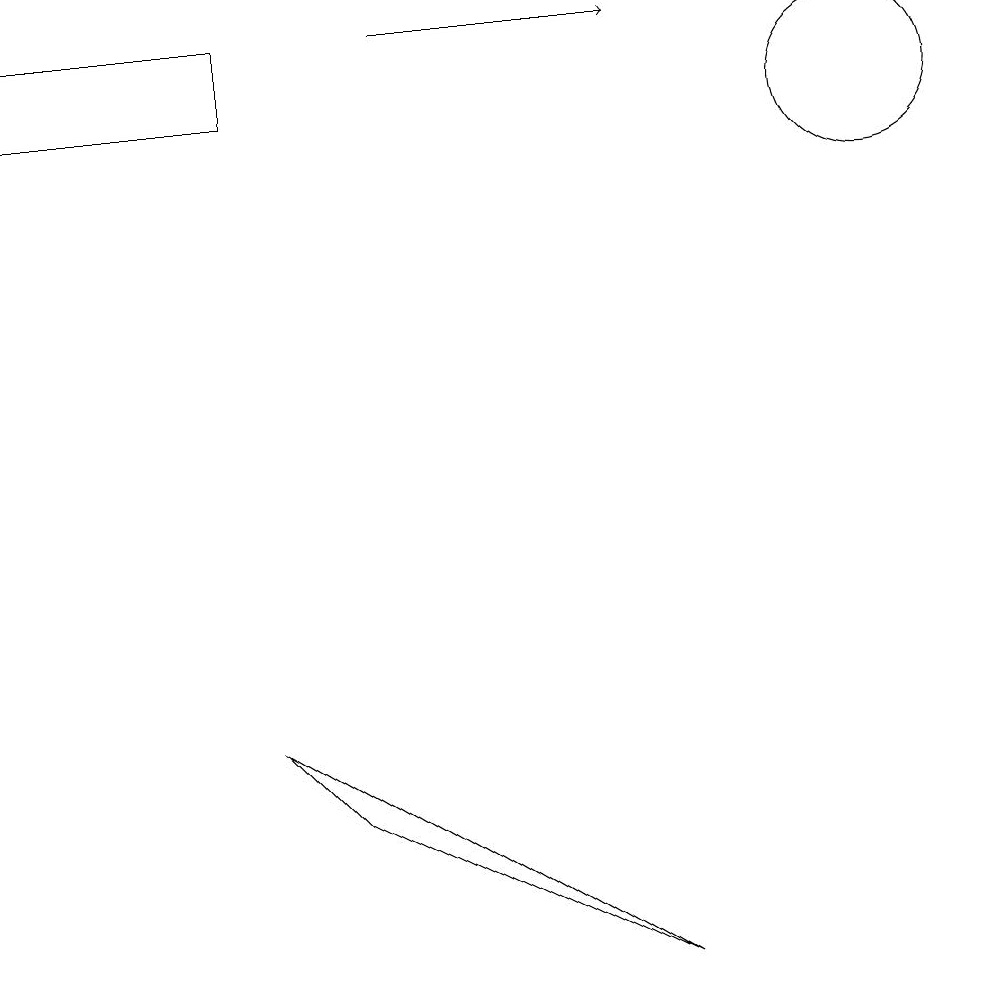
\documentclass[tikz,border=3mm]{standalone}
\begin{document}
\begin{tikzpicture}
\draw[->] (6,13) -- (9,13);
\draw (1,13) rectangle (4,12);
\draw (12,12) circle (1);
\draw (5,3) -- (9,1) -- (4,4) -- cycle;
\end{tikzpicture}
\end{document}